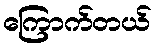
ကြောက်တယ်